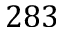
2 8 3